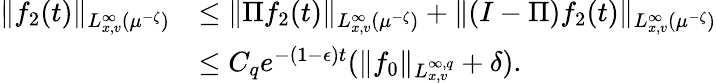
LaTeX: \begin{array}{rl}{\| f_{2}(t)\| _{L_{x,v}^{\infty}(\mu^{-\zeta})}}&{\leq\| \Pi f_{2}(t)\| _{L_{x,v}^{\infty}(\mu^{-\zeta})}+\| (I-\Pi)f_{2}(t)\| _{L_{x,v}^{\infty}(\mu^{-\zeta})}}\\ &{\leq C_{q}e^{-(1-\epsilon)t}(\| f_{0}\| _{L_{x,v}^{\infty,q}}+\delta).}\end{array}